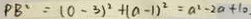
P B ^ { 2 } = ( 0 - 3 ) ^ { 2 } + ( a - 1 ) ^ { 2 } = a ^ { 2 } - 2 a + 1 0 .